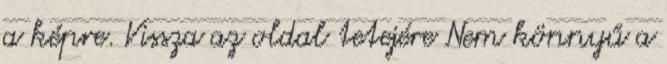
a képre. Vissza az oldal tetejére Nem könnyű a